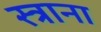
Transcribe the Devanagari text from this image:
स्त्राना